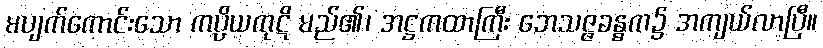
မပျက်ကောင်းသော ကပ္ပိယကုဋိ မည်၏၊ အဋ္ဌကထာကြီး ဘေသဇ္ဇခန္ဓက၌ အကျယ်လာပြီ။